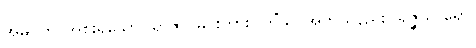
အဓိပ္ပတိ၊ အစိုးရသော။ ရာဇာ၊ မင်းကား။ ကိံသု၊ အဘယ်နည်း။ ရဇ္ဇိဿရော၊